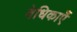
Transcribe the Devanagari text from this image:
वेधिकाएँ